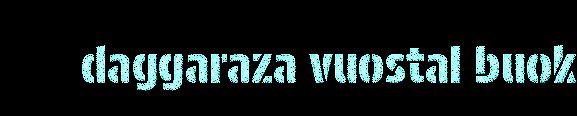
daggaraza vuostal buok